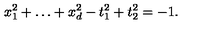
x _ { 1 } ^ { 2 } + \ldots + x _ { d } ^ { 2 } - t _ { 1 } ^ { 2 } + t _ { 2 } ^ { 2 } = - 1 .